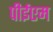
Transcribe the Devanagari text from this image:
पीईएम